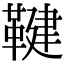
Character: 鞬